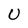
Character: U